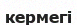
кермегі